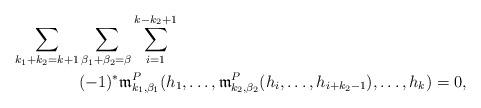
LaTeX: \begin{align*}\aligned\sum_{k_1+k_2=k+1}&\sum_{\beta_1+\beta_2=\beta}\sum_{i=1}^{k-k_2+1} \\&(-1)^*{\frak m}^P_{k_1,\beta_1}(h_1,\ldots,{\frak m}^P_{k_2,\beta_2}(h_i,\ldots,h_{i+k_2-1}),\ldots,h_{k}) = 0,\endaligned\end{align*}